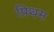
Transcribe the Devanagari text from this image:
प्रिथम